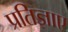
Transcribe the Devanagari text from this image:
प्रतिज्ञाए